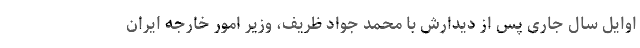
اوایل سال جاری پس از دیدارش با محمد جواد ظریف، وزیر امور خارجه ایران